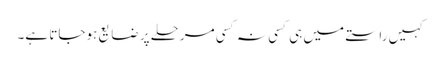
کہیں راستے میں ہی کسی نہ کسی مرحلے پر ضایع ہوجاتا ہے۔